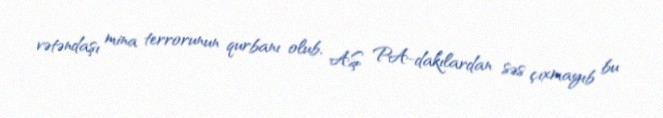
vətəndaşı mina terrorunun qurbanı olub, AŞ PA-dakılardan səs çıxmayıb bu